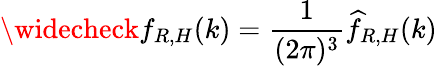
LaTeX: \widecheck{f}_{R,H}(k)=\frac{1}{(2\pi)^{3}}\widehat{f}_{R,H}(k)